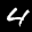
Label: 4